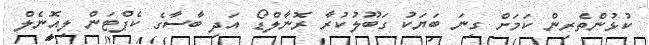
ކުޅުންތެރިން ކަމަށް ގިނަ ބަޔަކު ގަބޫލުކުރާ ރޮނާލްޑޯ އަދި ބާސާގެ ކެޕްޓަން ލިއޮނެލް